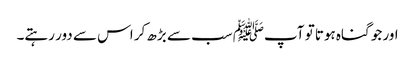
اور جو گناہ ہوتا تو آپﷺ سب سے بڑھ کر اس سے دور رہتے۔